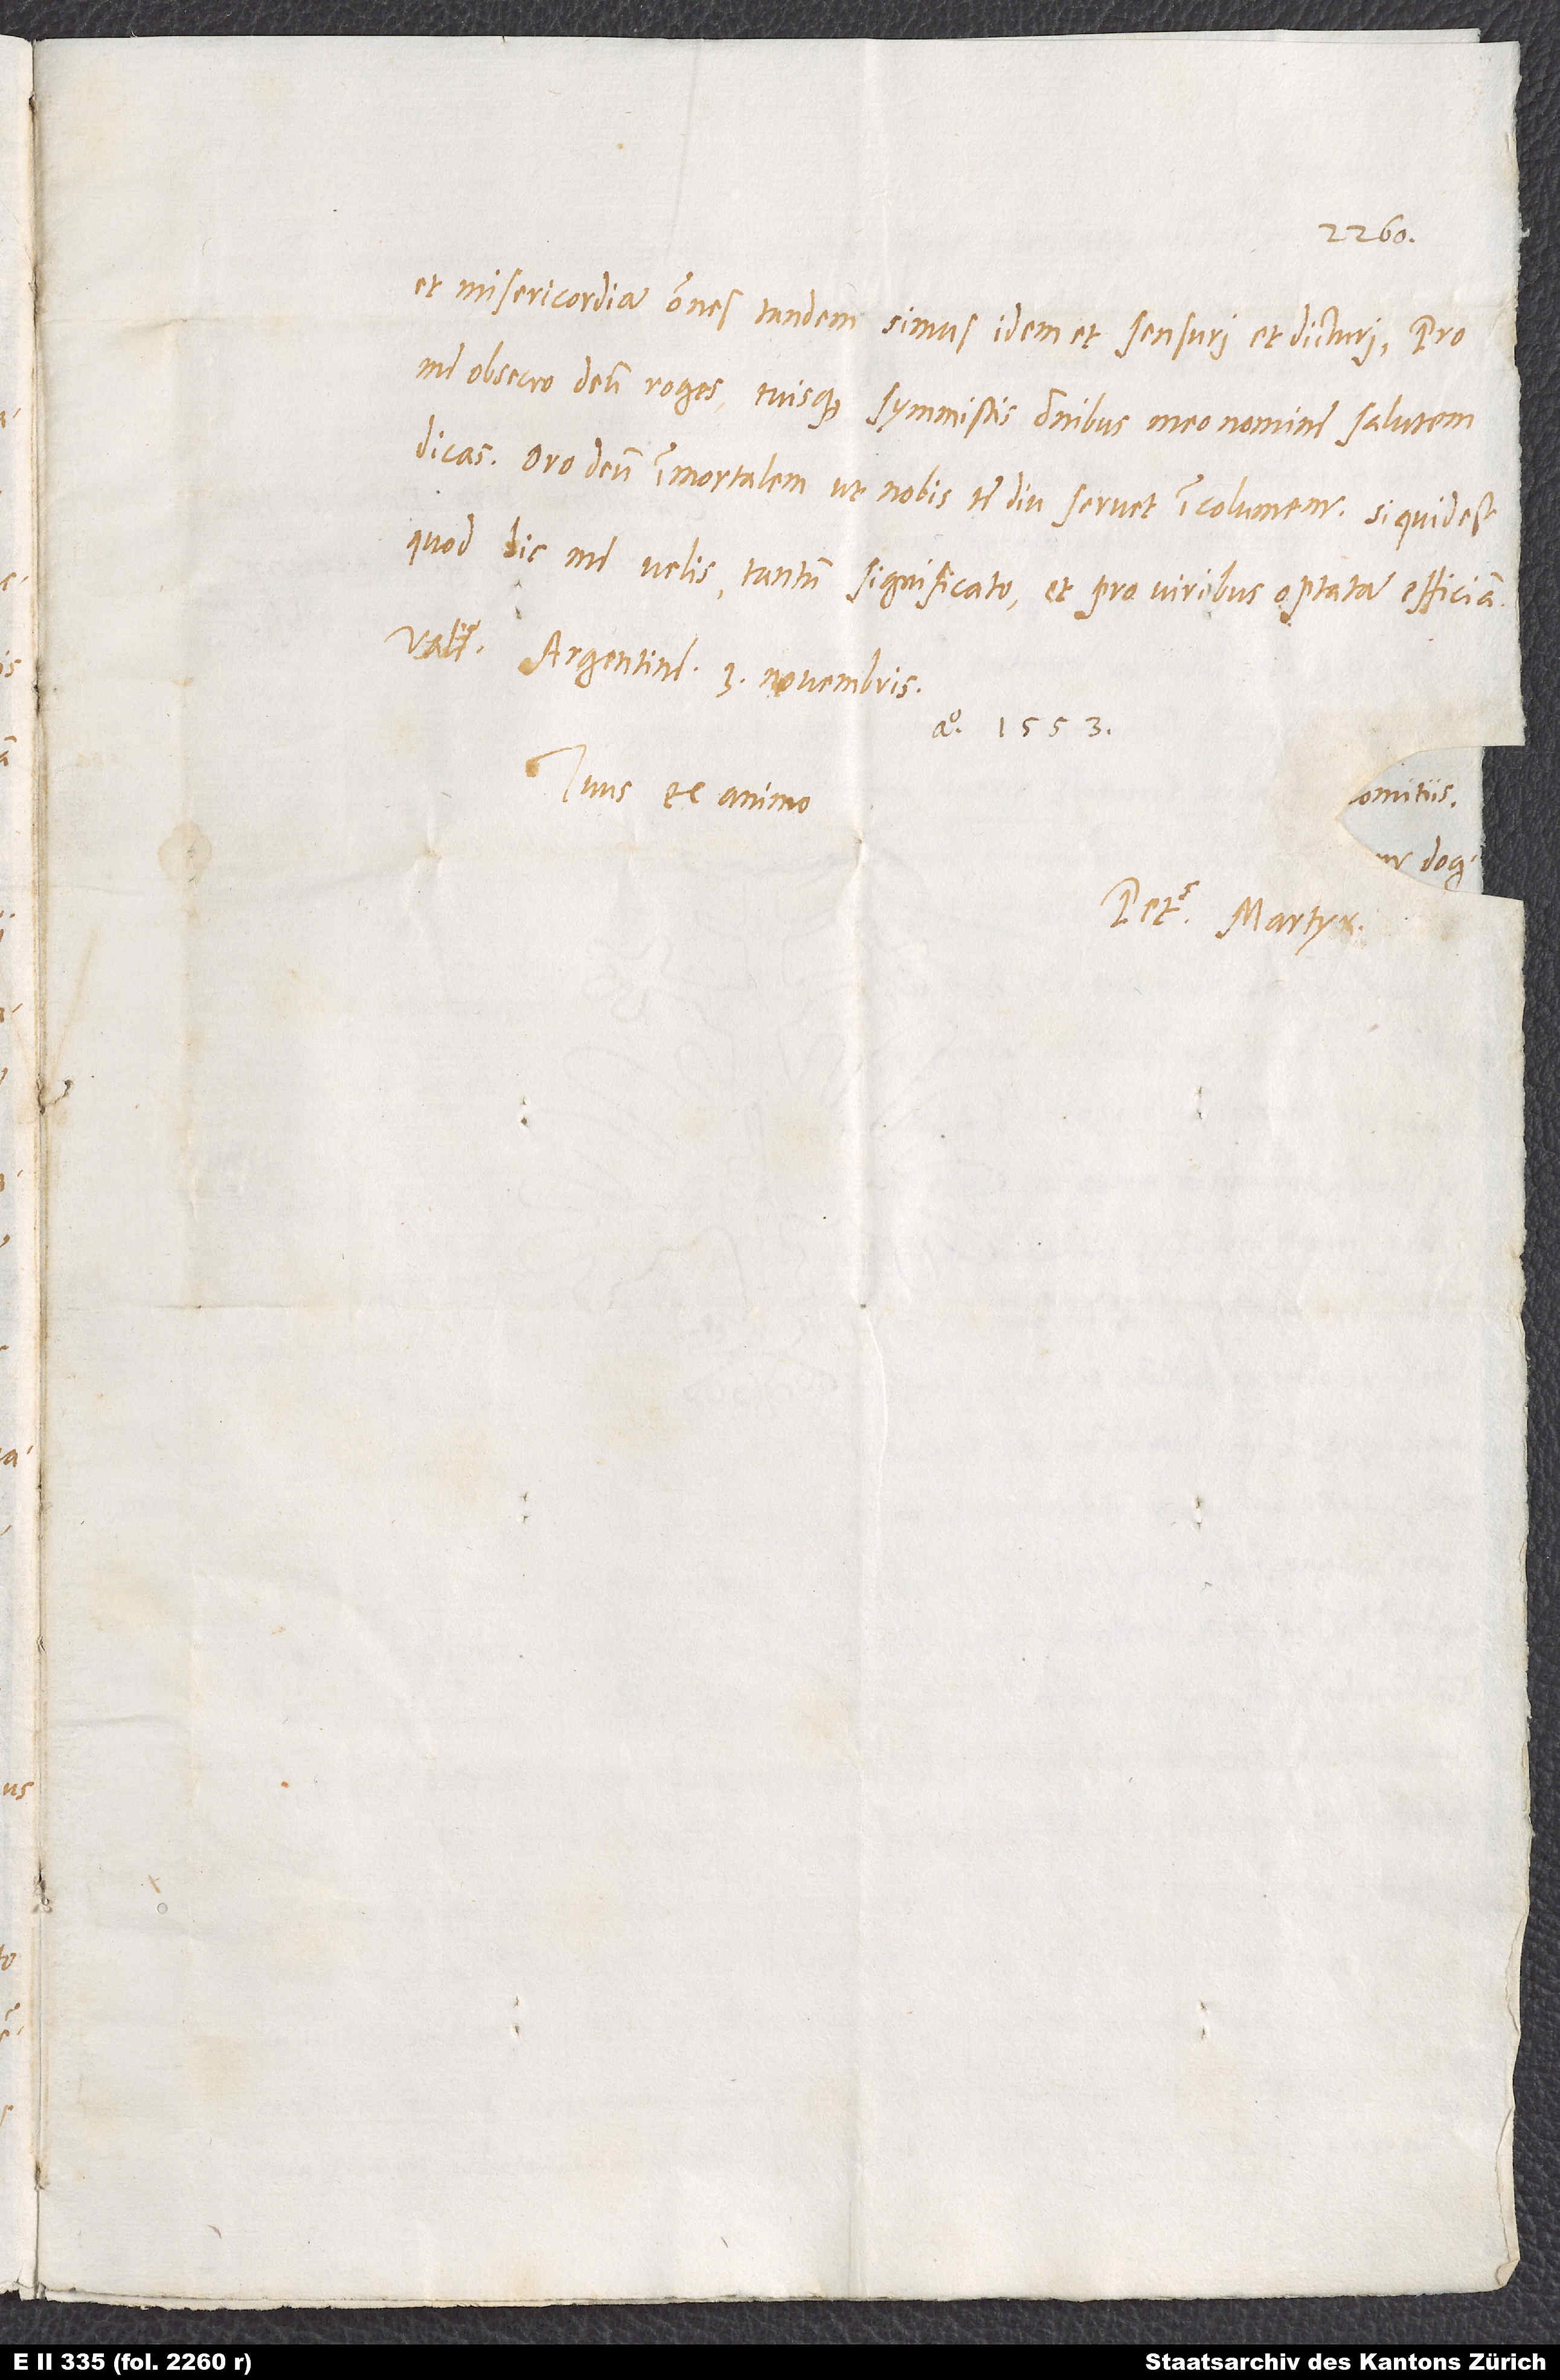
et misericordia, omnes tandem simus idem et sensuri et dicturi. Pro
me obsecro deum roges tuisque symmistis omnibus meo nomine salutem
dicas. Oro deum immortalem, ut nobis te diu servet incolumem. Si quid est,
quod hic me velis, tantum significato, et pro viribus optata efficiam.
Vale. Argentine 3. novembris
Tuus ex animo